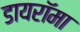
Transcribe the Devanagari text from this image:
डायरॉमा